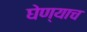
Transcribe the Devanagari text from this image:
घेण्याच